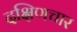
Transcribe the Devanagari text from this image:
दक्षिणचार